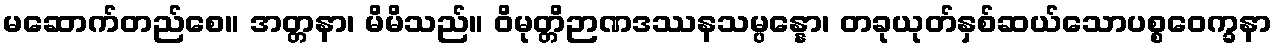
မဆောက်တည်စေ။ အတ္တနာ၊ မိမိသည်။ ဝိမုတ္တိဉာဏဒဿနသမ္ပန္နော၊ တခုယုတ်နှစ်ဆယ်သောပစ္စဝေက္ခနာ